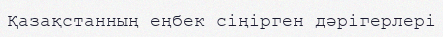
Қазақстанның еңбек сіңірген дәрігерлері